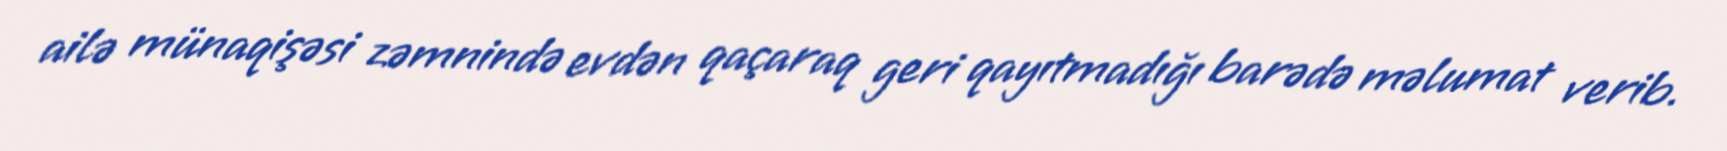
ailə münaqişəsi zəmnində evdən qaçaraq geri qayıtmadığı barədə məlumat verib.